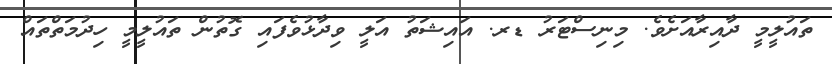
ތައުލީމީ ދާއިރާއަށެވެ. މިނިސްޓަރު ޑރ. އައިޝަތު އަލީ ވިދާޅުވެފައި ގޮތުން ތައުލީމީ ހިދުމަތްތައް